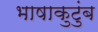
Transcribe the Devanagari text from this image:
भाषाकुटुंब